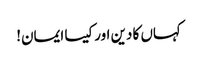
کہاں کا دین اور کیسا ایمان!